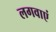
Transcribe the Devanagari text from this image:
लगवाएं